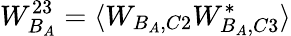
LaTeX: W_{B_{A}}^{23}=\langle W_{B_{A},C2}W_{B_{A},C3}^{*}\rangle